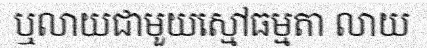
ឬលាយជាមួយស្មៅធម្មតា លាយ